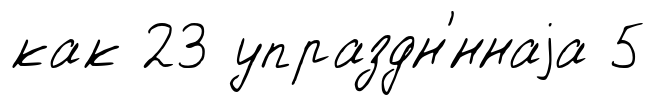
как 23 упраздн'́ннаjа 5